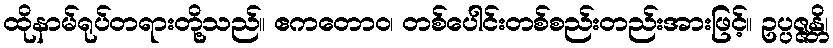
ထိုနာမ်ရုပ်တရားတို့သည်။ ဧကတောဝ၊ တစ်ပေါင်းတစ်စည်းတည်းအားဖြင့်။ ဥပ္ပဇ္ဇန္တိ၊